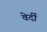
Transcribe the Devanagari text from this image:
वेर्दी